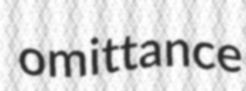
omittance